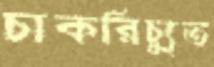
চাকরিচ্যুত